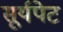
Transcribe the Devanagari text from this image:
सूर्यपेट